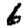
Digit: 6